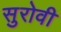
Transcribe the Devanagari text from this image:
सुरोवी